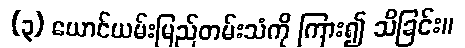
(၃) ယောင်ယမ်းမြည်တမ်းသံကို ကြား၍ သိခြင်း။